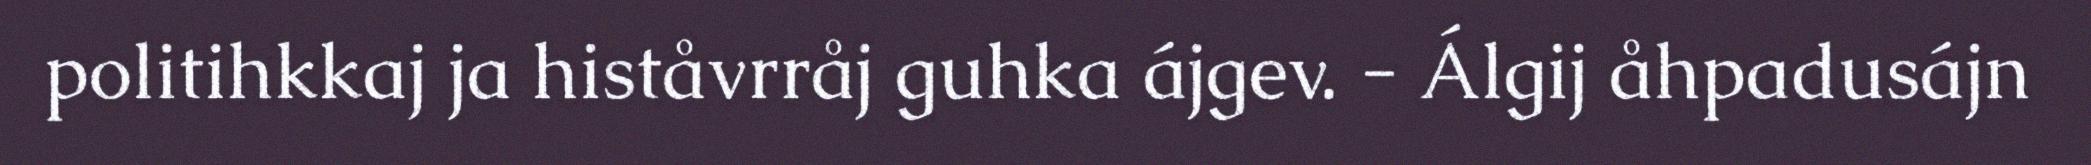
politihkkaj ja histåvrråj guhka ájgev. - Álgij åhpadusájn